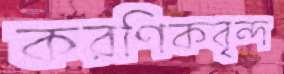
করণিকবৃন্দ